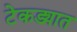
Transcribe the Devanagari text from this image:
टेकड्यात